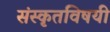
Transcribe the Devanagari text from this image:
संस्कृतविषयी